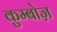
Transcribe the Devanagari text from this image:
कुम्बोज़